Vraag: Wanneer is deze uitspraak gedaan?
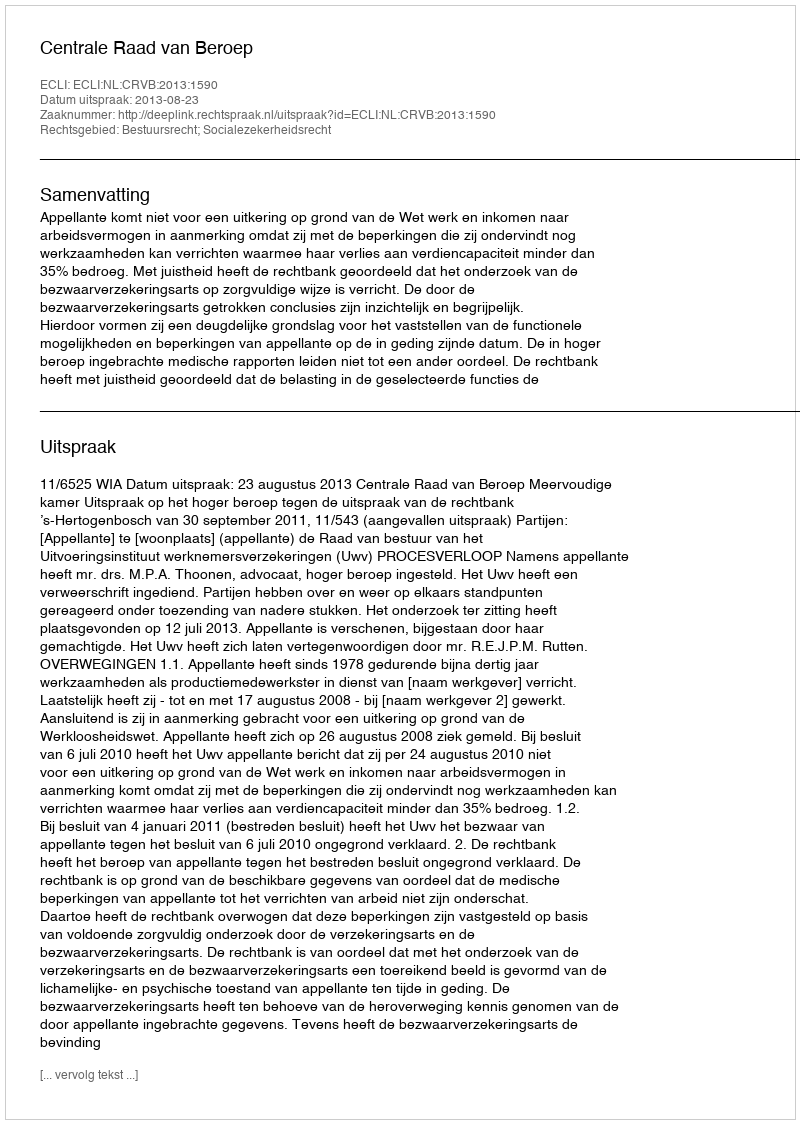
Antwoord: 2013-08-23